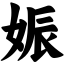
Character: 娠